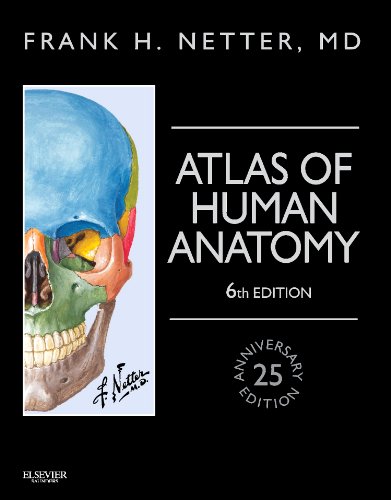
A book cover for Atlas of Human Anatomy, Professional Edition: including NetterReference.com Access with Full Downloadable Image Bank, 6e (Netter Basic Science); Frank H. Netter MD; Medical Books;